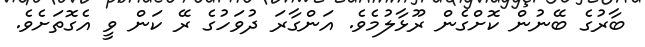
ބާރުގެ ބޭނުން ކޮށްގެން ރޫޅާލުމެވެ. އަންގާރަ ދުވަހުގެ ރޭ ކަން ވީ އެގޮތަށެވެ.